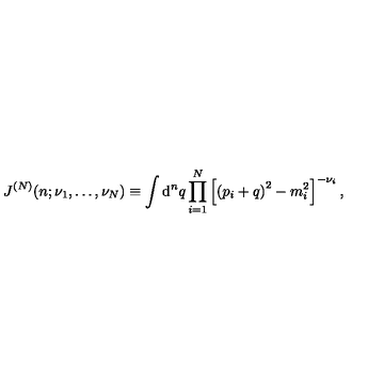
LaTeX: J ^ { ( N ) } ( n ; \nu _ { 1 } , \ldots , \nu _ { N } ) \equiv \int \mathrm { d } ^ { n } q \prod _ { i = 1 } ^ { N } \left[ \left( p _ { i } + q \right) ^ { 2 } - m _ { i } ^ { 2 } \right] ^ { - \nu _ { i } } ,